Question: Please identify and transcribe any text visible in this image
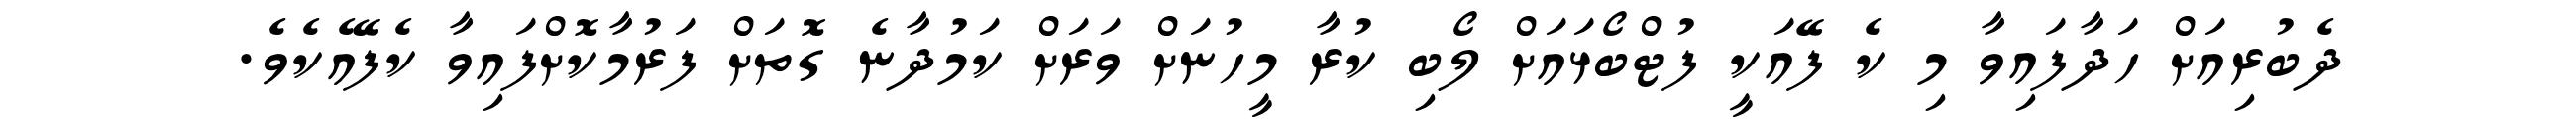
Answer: ދެބުރިއަށް ހަދާފައިވާ މި ކެ ފޭއަކީ ފުޓްބޯޅައަށް ލޯބި ކުރާ މީހުނަށް ވަރަށް ކަމުދާނެ ގޮތަށް ފަރުމާކޮށްފައިވާ ކެފޭއެކެވެ.